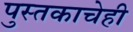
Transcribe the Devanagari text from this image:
पुस्तकाचेही